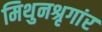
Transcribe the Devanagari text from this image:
मिथुनश्रृगांर